Lunatic asylums in Bengal annual reports 1899-1911 - 1899-1911
Year: 1899
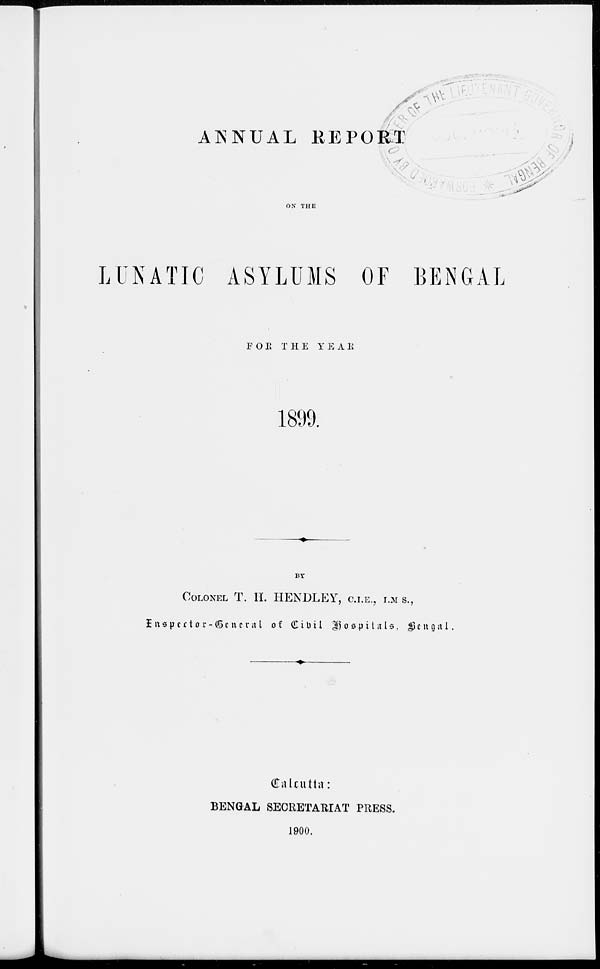
ANNUAL REPORT
ON THE
LUNATIC ASYLUMS OF BENGAL
FOR THE YEAR
1899.
BY
COLONEL T. H. HENDLEY, C.I.E., I.M.S.,
Inspector-General of Civil Hospitals, Bengal.
Calcutta:
BENGAL SECRETARIAT PRESS.
1900.